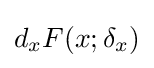
d_{x}F(x;\delta _{x})